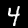
Digit: 4